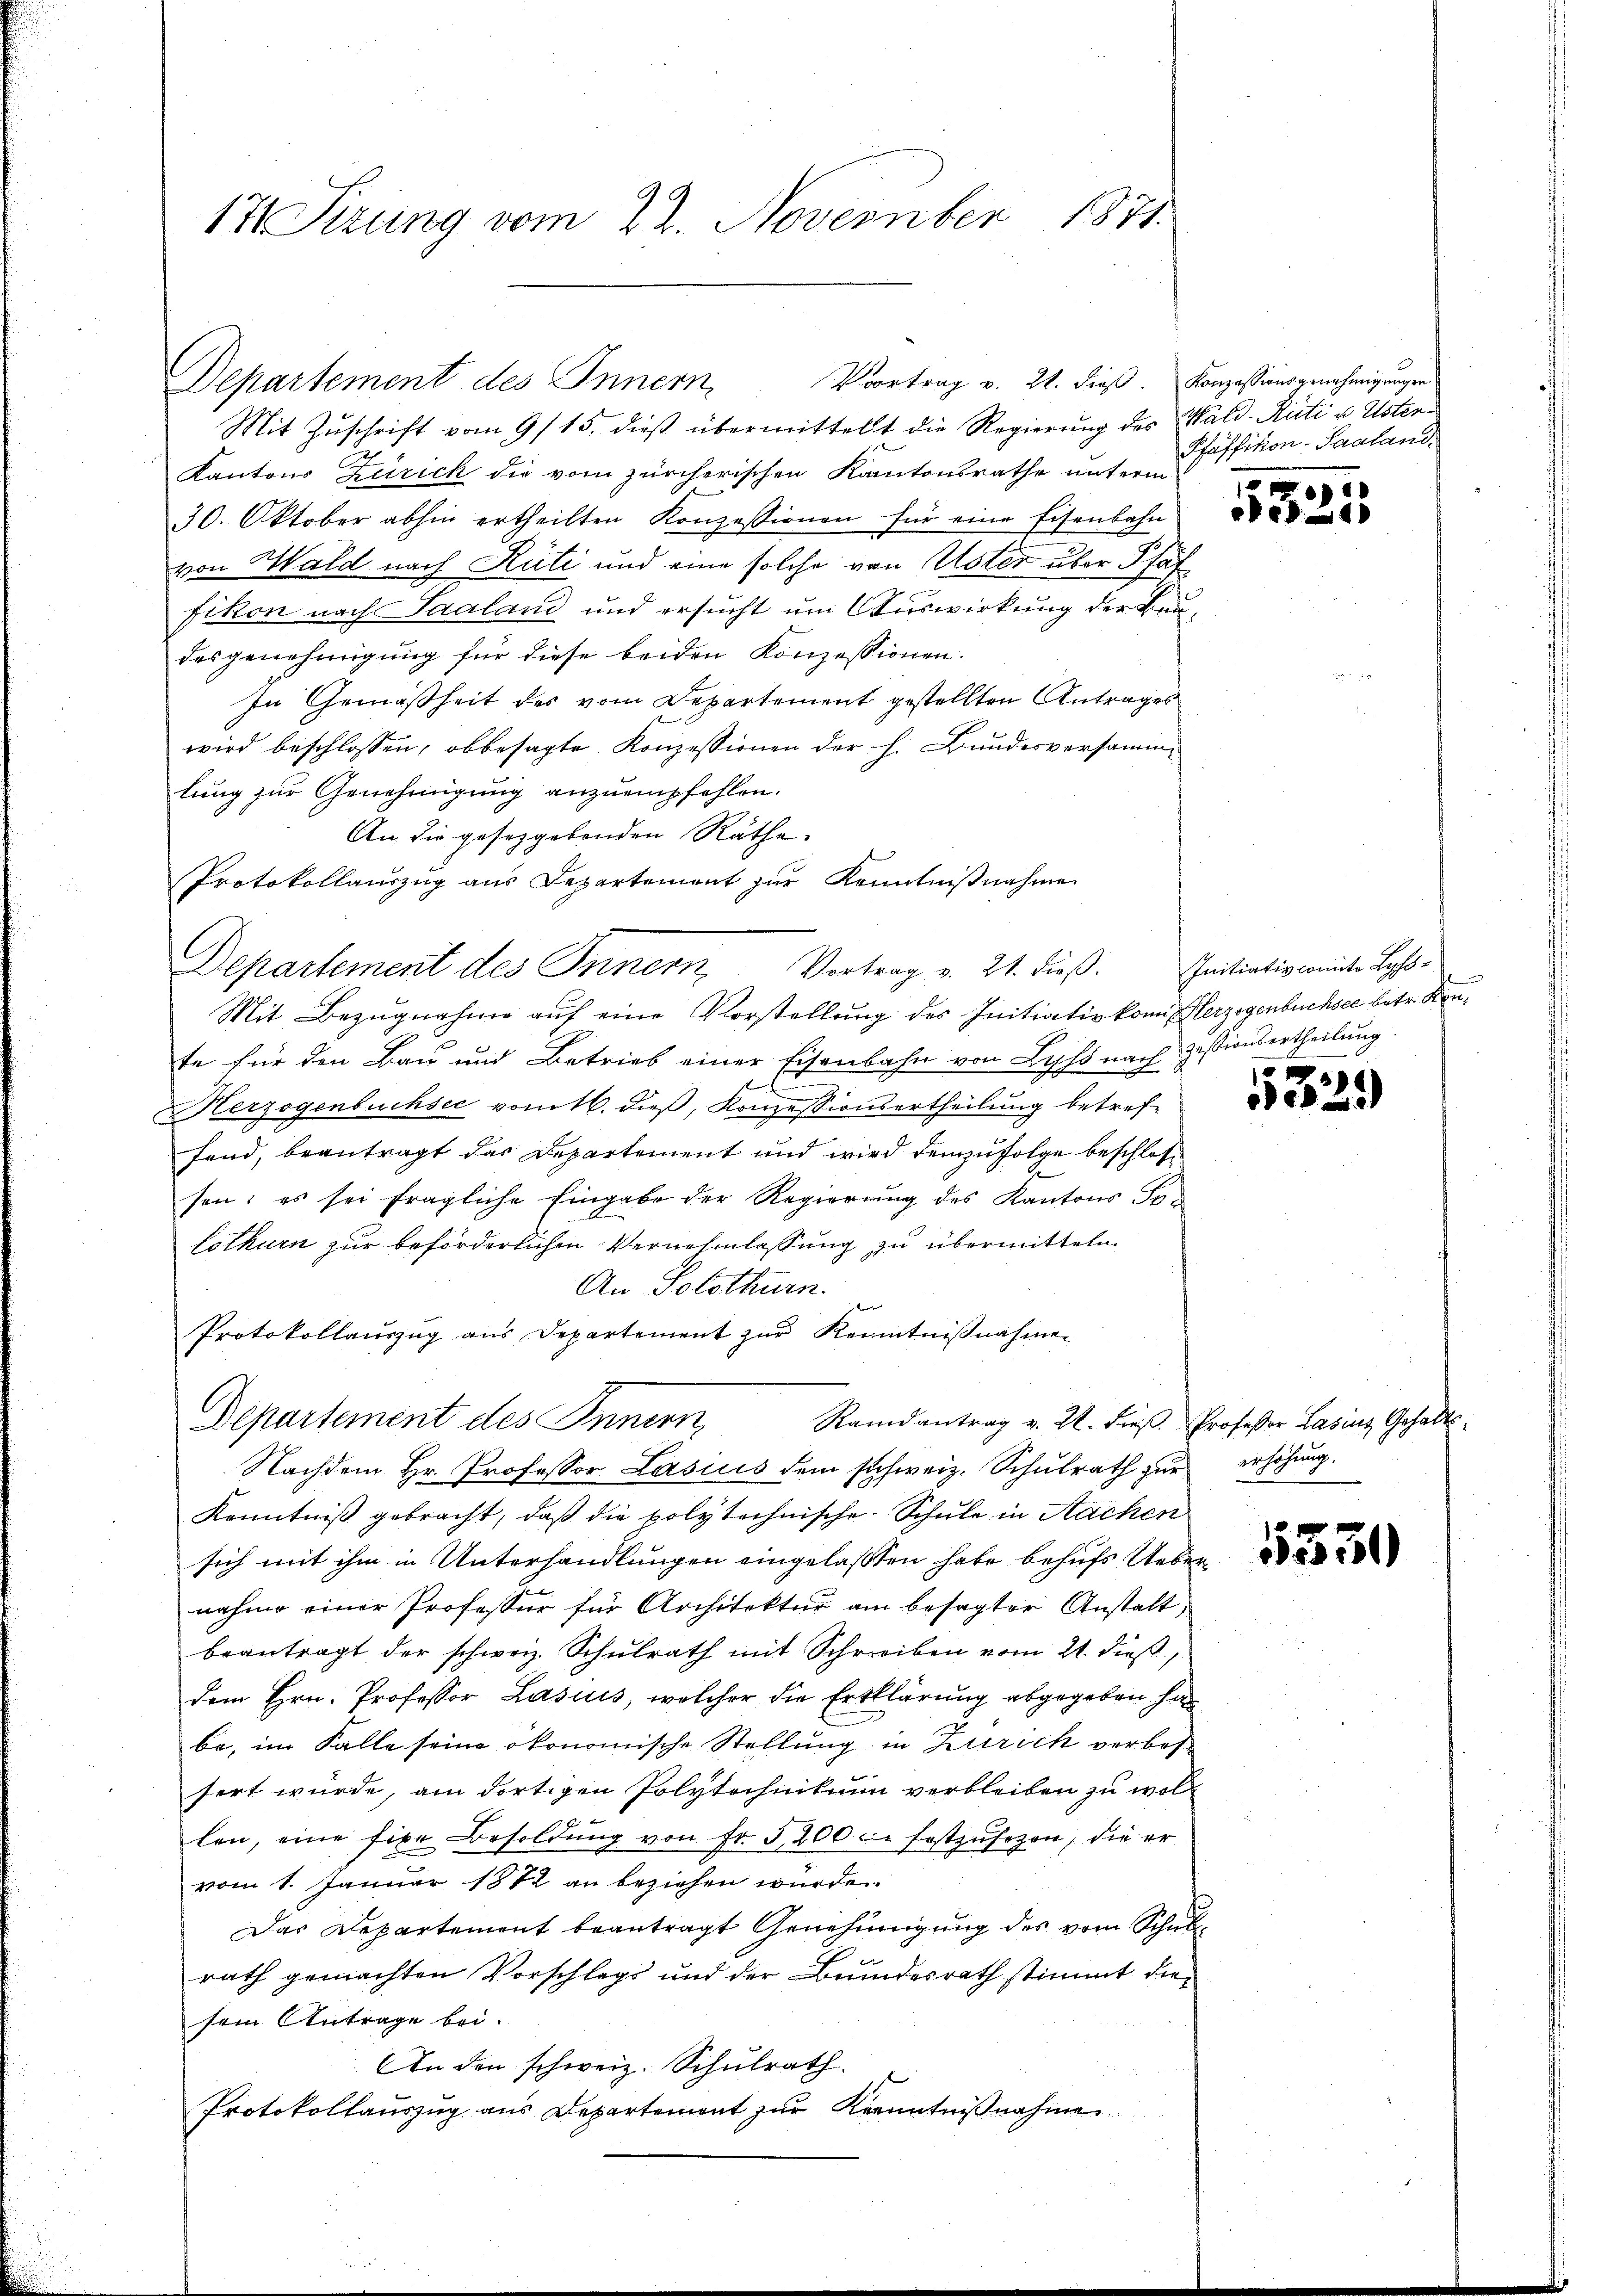
17 Sizung vom 22. November 1871.

Mit Zŭschrift vom 9/15. dieß übermittelt die Regierung des Wald-Rüti u. Uster¬
Kantons Zürich die vom zürcherischen Kantonsrathe unterm
30. Oktober abhin ertheilten Konzessionen für eine Eisenbahn
von Wald nach Rüti und eine solche von Uster über Pfäf
fikon nach Saaland und ersucht um Auswirkung der Baudesgenehmigung für diese beiden Konzessionen.
In Gemäßheit des vom Departement gestellten Antrages
wird beschlossen, obbesagte Konzessionen der h. Bundesversammlung zur Genehmigung anzuempfehlen.
An die gesetzgebenden Räthe.
Protokollauszug aus Departement zŭr Kenntniβnahme
Mit Bezugnahme auf eine Vorstellung des Initiativkomit Herzogenbüchsee betr. Konte für den Bau und Betrieb einer Eisenbahn von Lyss nach Zessionsertheilung.
f
.
Herzogenbuchsee vom 16. dieß, Konzessionsertheilung betreffend, beantragt das Departement und wird demzufolge beschlossen: es sei fragliche Eingabe der Regierung des Kantons Pro
lothurn zur beförderlichen Vernehmlassung zu übermitteln
An Solothurn.
Protokollauszug aus Departement zur Kenntnißnahmen
Departement des Innern,
Randantrag v. 24. dieß.
Nachdem Hr. Professor Lasuis dem schweiz. Schulrath zur erhöhung.
Kenntniß gebracht, daß die polytechnische Schule in Sachen
sich mit ihm in Unterhandlungen eingelassen habe behufs Uebenahme einer Professor für Architektur am besagter Anstalt,
beantragt der schweiz. Schulrath mit Schreiben vom 21. dieß,
dem Hrn. Professor Lasius, welcher die Erklärung abgegeben ha
be, im Falle seine ökonomische Stellung in Zürich verbessert wurde, am dortigen Polytechnikum verbleiben zu wol
len, eine fixe Besoldŭng von fr. 5200 c. festzŭsezen, die er
vom 1. Januar 1882 an beziehen würde.
Das Departemont beantragt Genehmigung des vom Schul
rath gemachten Vorschlags und der Bundesrath stimmt die
sein Antrage bei.
AIn den schweiz. Schulrath
Protokollauszug aus Departement zur Kenntnißnahme

Vortrag v. 21. dieß. Konzessionsgenehmigungen
Departement des Innern,

Departement des Innern, Vortrag v. 21. dieß. Initiativkomite Los¬

Pfäffikon-Saaland.

.

1339

Professor Lasins Gehalt

1
1330